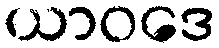
ယာဝဒေ